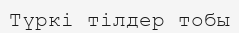
Түркі тілдер тобы